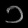
Digit: ၁